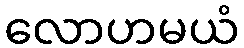
လောဟမယံ